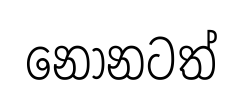
නෝනටත්